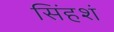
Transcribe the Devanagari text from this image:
सिंहशं